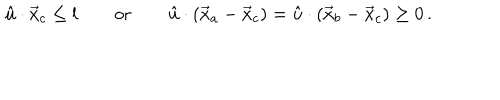
\begin{array} { c c c } { { \hat { u } \cdot \vec { x } _ { c } \leq l ~ ~ } } & { { ~ ~ \mathrm { o r } ~ ~ } } & { { ~ ~ \hat { u } \cdot ( \vec { x } _ { a } - \vec { x } _ { c } ) = \hat { u } \cdot ( \vec { x } _ { b } - \vec { x } _ { c } ) \geq 0 \, . } } \\ \end{array}